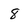
Character: 8